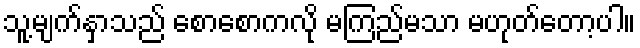
သူ့မျက်နှာသည် စောစောကလို မကြည်မသာ မဟုတ်တော့ပါ။